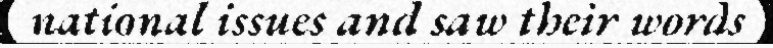
national issues and saw their words